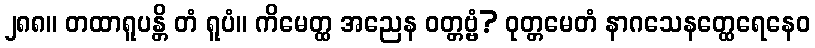
၂၈၈။ တထာရူပန္တိ တံ ရူပံ။ ကိမေတ္ထ အညေန ဝတ္တဗ္ဗံ? ဝုတ္တမေတံ နာဂသေနတ္ထေရေနေဝ